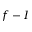
f - I